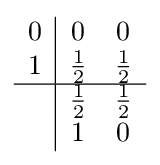
{\begin{array}{c|cc}0&0&0\\1&{\frac {1}{2}}&{\frac {1}{2}}\\\hline &{\frac {1}{2}}&{\frac {1}{2}}\\&1&0\\\end{array}}